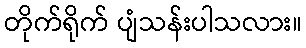
တိုက်ရိုက် ပျံသန်းပါသလား။